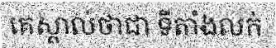
គេស្គាល់ថាជា ទីតាំងលក់